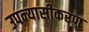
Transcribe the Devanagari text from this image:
उपन्‍यासीकरण